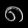
Digit: ၈